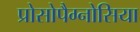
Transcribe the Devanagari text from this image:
प्रोसोपैग्नोसिया